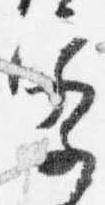
察